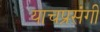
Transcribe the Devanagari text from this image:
याचप्रसंगी